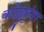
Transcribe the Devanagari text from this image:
कोल्लुतुंगा